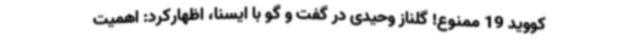
کووید 19 ممنوع! گلناز وحیدی در گفت و گو با ایسنا، اظهارکرد: اهمیت